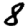
Digit: 8